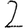
Digit: 2